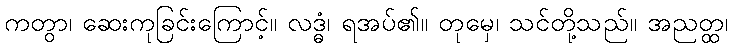
ကတွာ၊ ဆေးကုခြင်းကြောင့်။ လဒ္ဓံ၊ ရအပ်၏။ တုမှေ၊ သင်တို့သည်။ အညတ္ထ၊